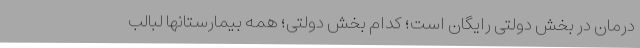
درمان در بخش دولتی رایگان است؛ کدام بخش دولتی؛ همه بیمارستانها لبالب